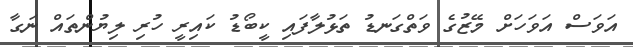
އަވަސް އަވަހަށް މޭޒުގެ ވަތްގަނޑު ތަޅުލާފައި ކީބޯޑު ކައިރީ ހުރި ލިޔުންތައް ނަގާ